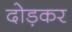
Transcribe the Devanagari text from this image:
दोड़कर